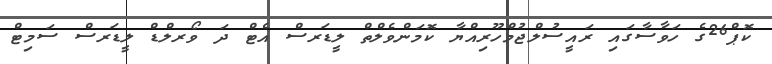
ކޮޕް26ގެ ހަވާސާގައި ރައީސުލްޖުމްހޫރިއްޔާ ކޮމަންވެލްތް ލީޑަރސް އެޓް ދަ ވޯރލްޑް ލީޑަރސް ސަމިޓް